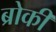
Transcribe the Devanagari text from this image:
ब्रोकी